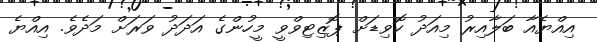
އިއްޔެއާ ބަލާއިރު މިއަދު ކޮވިޑަށް ޕޮޒިޓިވްވީ މީހުންގެ އަދަދު ވަރަށް މަދެވެ. އިއްޔެ